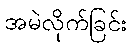
အမဲလိုက်ခြင်း